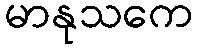
မာနုသကေ